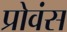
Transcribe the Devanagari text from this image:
प्रोवंस